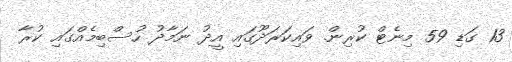
13 ގަޑި 59 މިނެޓް ކުރިން. ވައިކަރަދޫގައި އީދު ނަމާދު ހުސްބިމެއްގައި ކުރާ